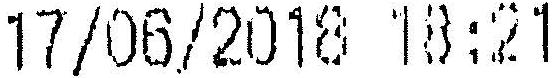
17/06/2018 18:21